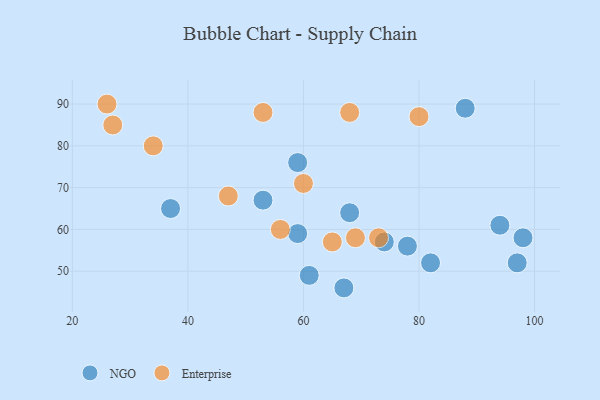
{"axis": {"x": "GDP", "y": "Life Expectancy"}, "legend": ["Enterprise", "NGO"], "data": [{"x": "98", "y": 58, "type": "NGO"}, {"x": "59", "y": 59, "type": "NGO"}, {"x": "88", "y": 89, "type": "NGO"}, {"x": "59", "y": 76, "type": "NGO"}, {"x": "94", "y": 61, "type": "NGO"}, {"x": "53", "y": 67, "type": "NGO"}, {"x": "61", "y": 49, "type": "NGO"}, {"x": "78", "y": 56, "type": "NGO"}, {"x": "37", "y": 65, "type": "NGO"}, {"x": "82", "y": 52, "type": "NGO"}, {"x": "74", "y": 57, "type": "NGO"}, {"x": "68", "y": 64, "type": "NGO"}, {"x": "67", "y": 46, "type": "NGO"}, {"x": "97", "y": 52, "type": "NGO"}, {"x": "27", "y": 85, "type": "Enterprise"}, {"x": "80", "y": 87, "type": "Enterprise"}, {"x": "26", "y": 90, "type": "Enterprise"}, {"x": "56", "y": 60, "type": "Enterprise"}, {"x": "69", "y": 58, "type": "Enterprise"}, {"x": "65", "y": 57, "type": "Enterprise"}, {"x": "60", "y": 71, "type": "Enterprise"}, {"x": "34", "y": 80, "type": "Enterprise"}, {"x": "53", "y": 88, "type": "Enterprise"}, {"x": "47", "y": 68, "type": "Enterprise"}, {"x": "68", "y": 88, "type": "Enterprise"}, {"x": "73", "y": 58, "type": "Enterprise"}]}